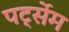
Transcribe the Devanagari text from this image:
पर्ट्सेम